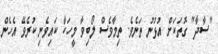
"ސާދާ" ގޮތަކަށް އުޅުނު ތަނެވެ. ތިމާވެސް ލޯބިވާ މީހަކާ ކައިވެނި ކުރެވޭ އެހެން